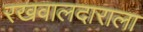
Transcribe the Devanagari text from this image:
रखवालदाराला